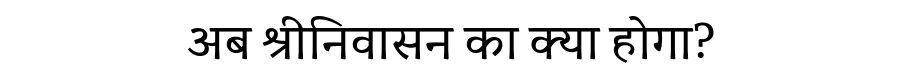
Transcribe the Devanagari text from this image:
अब श्रीनिवासन का क्या होगा?